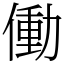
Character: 働